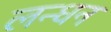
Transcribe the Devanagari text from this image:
लन्धन